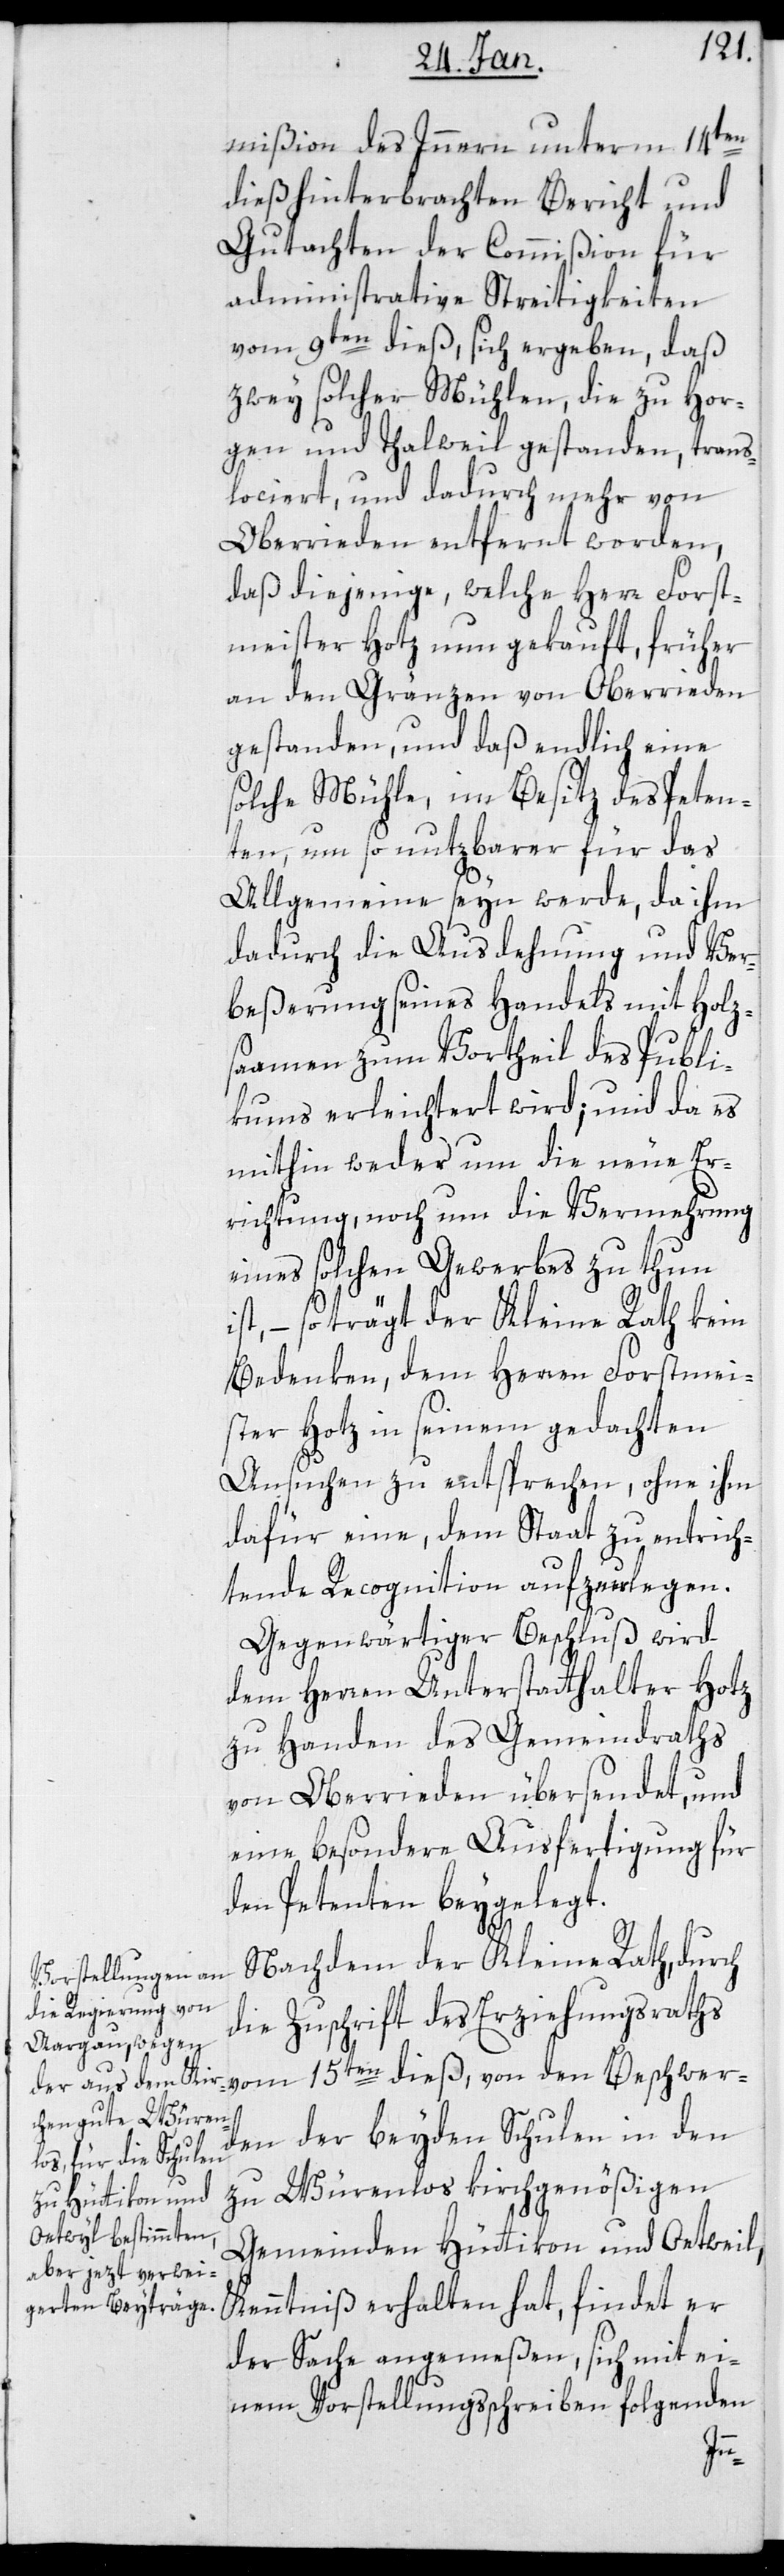
mißion des Innern unterm 14ten
dieß hinterbrachten Bericht und
Gutachten der Commißion für
administrative Streitigkeiten
vom 9ten dieß, sich ergeben, daß
zwey solcher Mühlen, die zu Hor¬
gen und Thalweil gestanden, trans¬
lociert, und dadurch mehr von
Oberrieden entfernt worden,
daß diejenige, welche Herr Forst¬
meister Hotz nun gekauft, früher
an den Gränzen von Oberrieden
gestanden, und daß endlich eine
solche Mühle, im Besitz des Peten¬
ten um so nutzbarer für das
Allgemeine seyn werde, da ihm
dadurch die Ausdehnung und Ver¬
beßerung seines Handels mit Holz¬
samen zum Vortheil des Publi¬
kums erleichtert wird; und da es
mithin weder um die neue Er¬
richtung, noch um die Vermehrung
eines solchen Gewerbes zu thun
ist, – so trägt der Kleine Rath kein
Bedenken, dem Herren Forstmei¬
ster Hotz in seinem gedachten
Ansuchen zu entsprechen, ohne ihm
dafür eine, dem Staat zu entrich¬
tende Recognition aufzuerlegen.
Gegenwärtiger Beschluß wird
dem Herren Unterstatthalter Hotz
zu Handen des Gemeindraths
von Oberrieden übersendet, und
eine besondere Ausfertigung für
den Petenten beygelegt.
Nachdem der Kleine Rath durch
die Zuschrift des Erziehungsrats
vom 15ten dieß, von den Beschwer¬
den der beyden Schulen in den
zu Würenlos kirchgenößigen
Gemeinden Hüttikon und Oetwil
Kenntniß erhalten hat, findet er
der Sache angemeßen, sich mit ei¬
nem Vorstellungßchreiben folgenden